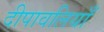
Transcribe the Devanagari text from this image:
दीपावलियाँ